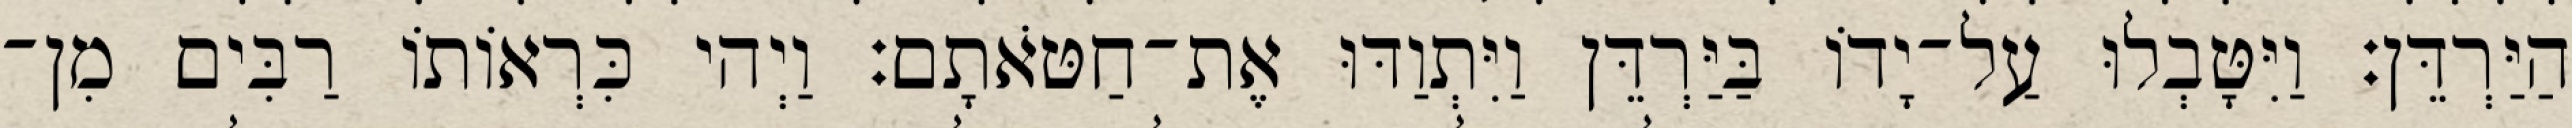
הַיַּרְדֵּן׃ וַיִּטָּבְלוּ עַל־יָדוֹ בַּיַּרְדֵּן וַיִּתְוַדּוּ אֶת־חַטֹּאתָם׃ וַיְהי כִּרְאוֹתוֹ רַבִּים מִן־